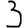
Digit: 3